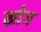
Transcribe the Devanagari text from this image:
ख्रोज